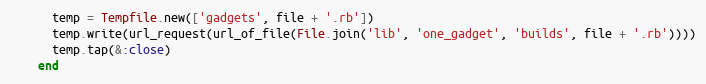
Language: Ruby
      temp = Tempfile.new(['gadgets', file + '.rb'])
      temp.write(url_request(url_of_file(File.join('lib', 'one_gadget', 'builds', file + '.rb'))))
      temp.tap(&:close)
    end